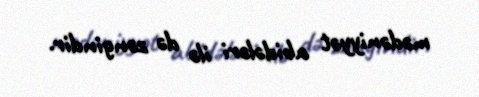
mədəniyyət abidələri ilə də zəngindir.